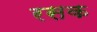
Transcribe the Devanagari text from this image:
रसक